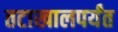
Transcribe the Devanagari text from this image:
तटाखालपर्यंत